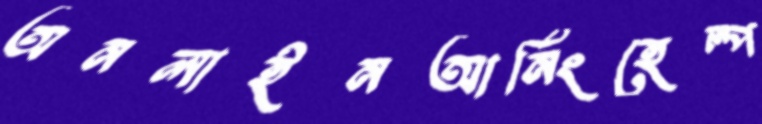
অনলাইনআর্নিংহেল্প